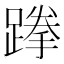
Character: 𨃪